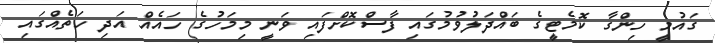
ގައުމީ ހިންގާ ކޮމެޓީގެ ބައްދަލުވުމުގައި ފާސްކޮށްފައި ވަނީ މިމަހުގެ ހައެއް އަދި ހަތެއްގައި